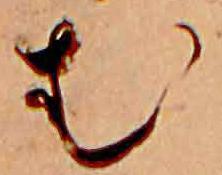
む